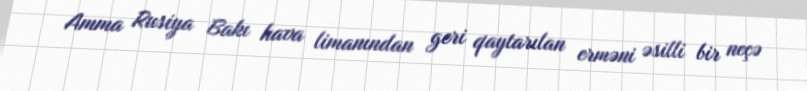
Amma Rusiya Bakı hava limanından geri qaytarılan erməni əsilli bir neçə